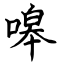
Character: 嗥